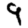
Digit: 9